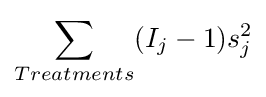
\sum _{Treatments}(I_{j}-1)s_{j}^{2}